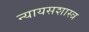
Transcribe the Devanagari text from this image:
न्यायसशास्त्र